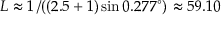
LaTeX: L \approx 1 \left/ \left( ( 2 . 5 + 1 ) \sin 0 . 2 7 7 ^ { \circ } \right) \right. \approx 5 9 . 1 0